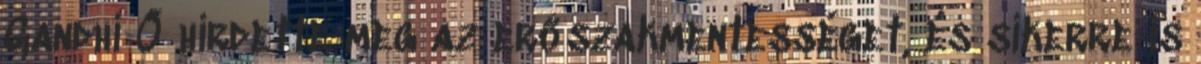
Gandhi Ő hirdette meg az erőszakmentességet, és sikerre is